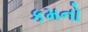
કમનો